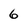
Character: 6